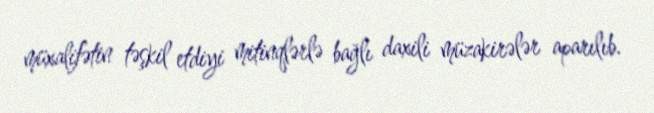
müxalifətin təşkil etdiyi mitinqlərlə bağlı daxili müzakirələr aparılıb.